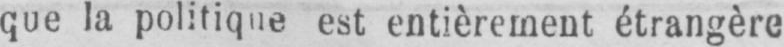
que la politique est entièrement étrangère